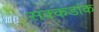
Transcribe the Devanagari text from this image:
सक्कडांक